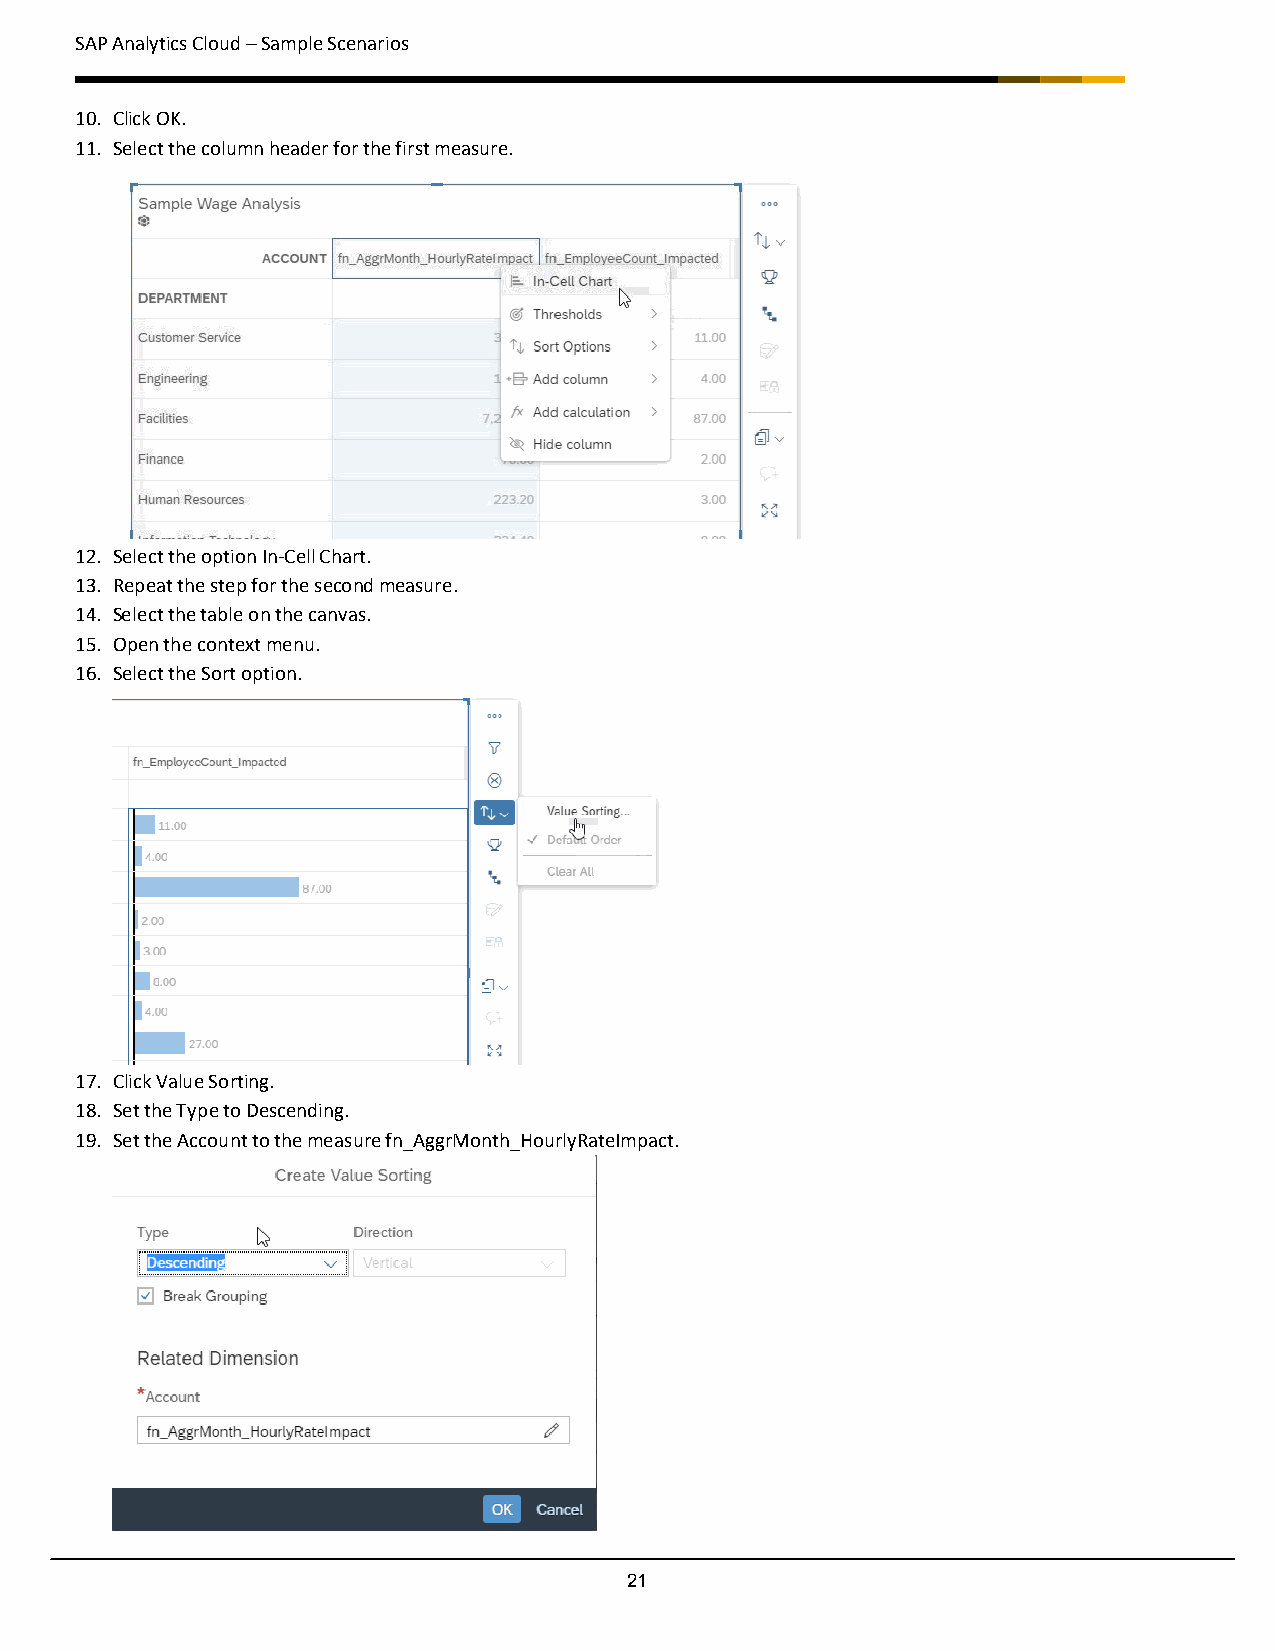
SAP Analytics Cloud – Sample Scenarios
 10. Click OK.
 11. Select the column header for the first measure.
 12. Select the option In-Cell Chart.
 13. Repeat the step for the second measure.
 14. Select the table on the canvas.
 15. Open the context menu.
 16. Select the Sort option.
 17. Click Value Sorting.
 18. Set the Type to Descending.
 19. Set the Account to the measure fn_AggrMonth_HourlyRateImpact.
 21